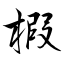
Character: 椵